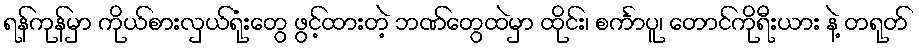
ရန်ကုန်မှာ ကိုယ်စားလှယ်ရုံးတွေ ဖွင့်ထားတဲ့ ဘဏ်တွေထဲမှာ ထိုင်း၊ စင်္ကာပူ၊ တောင်ကိုရီးယား နဲ့ တရုတ်